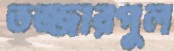
তজ্জারপুল